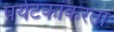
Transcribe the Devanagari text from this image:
पर्यटकांकरता